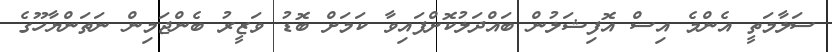
ސަލާމަތީ އެންމެ އިސް އޮފިޝަލުން ބައްދަލުކޮށްފައިވާ ކަމަށް ބޮޑު ވަޒީރު ބެންޖަމިން ނަތަންޔާހޫގެ